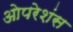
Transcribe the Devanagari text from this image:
ओपरेशंस